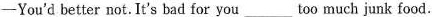
-You'd better not. It's bad for you___too much junk food.